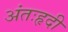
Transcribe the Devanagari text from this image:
अंतःहृदी